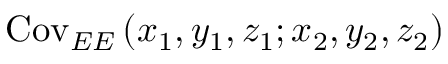
\mathrm { C o v } _ { E E } \left( x _ { 1 } , y _ { 1 } , z _ { 1 } ; x _ { 2 } , y _ { 2 } , z _ { 2 } \right)